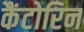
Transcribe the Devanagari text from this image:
कैंटोरिन